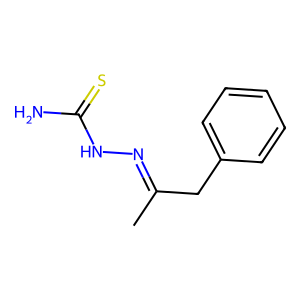
SMILES: CC(Cc1ccccc1)=NNC(N)=S
Inhibits HIV replication: No